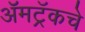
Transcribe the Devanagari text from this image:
ॲमट्रॅकचे